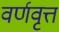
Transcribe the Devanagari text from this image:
वर्णवृत्त